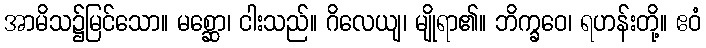
အာမိသ၌မြင်သော။ မစ္ဆော၊ ငါးသည်။ ဂိလေယျ၊ မျိုရာ၏။ ဘိက္ခဝေ၊ ရဟန်းတို့။ ဧဝံ